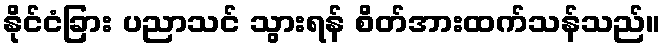
နိုင်ငံခြား ပညာသင် သွားရန် စိတ်အားထက်သန်သည်။